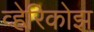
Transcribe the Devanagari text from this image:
व्हेरिकोझ